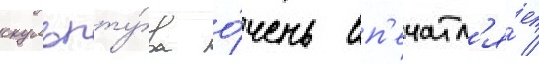
скульпту́ра о́чень вп'ечатл'я́ет /